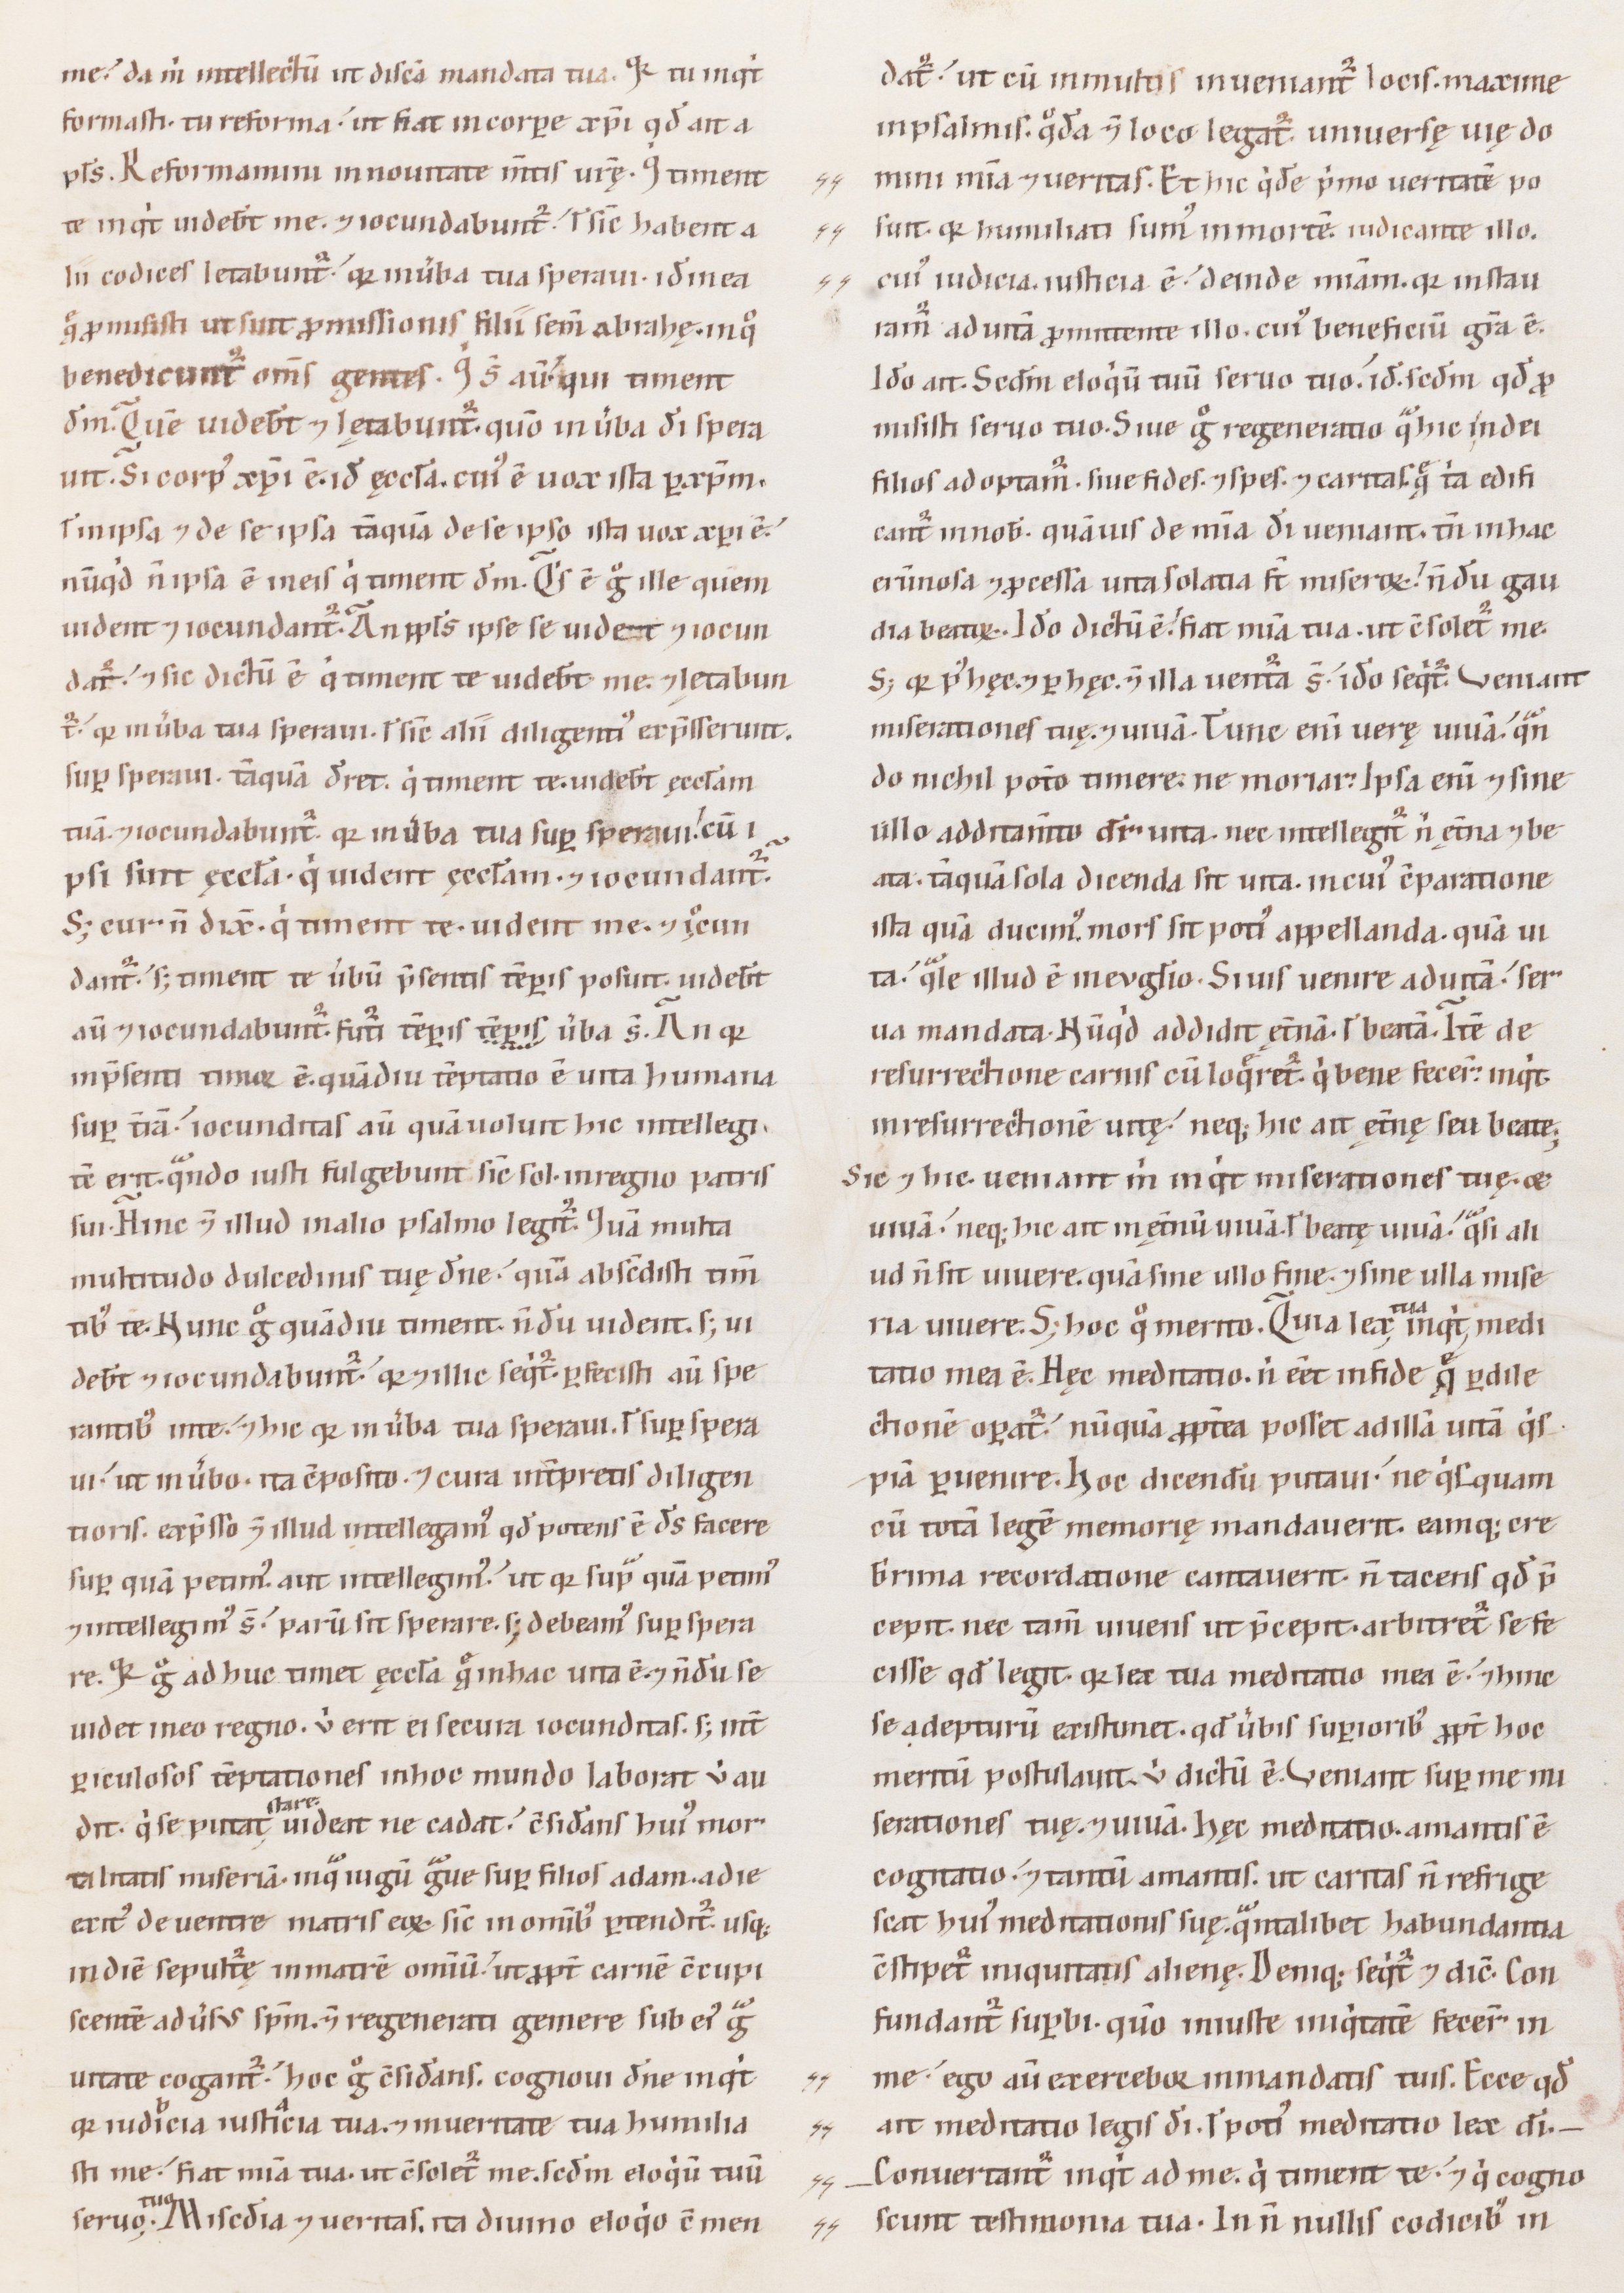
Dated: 1100–1199